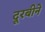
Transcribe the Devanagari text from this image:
दूरबीने